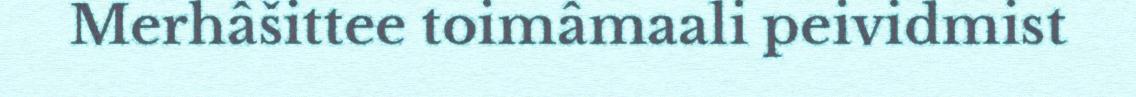
Merhâšittee toimâmaali peividmist